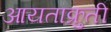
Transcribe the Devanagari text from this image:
आयताक्रुती